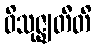
ဝိသုဇ္ဈတီတိ